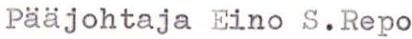
Pääjohtaja Eino S.Repo